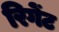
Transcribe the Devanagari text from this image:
रिगेंट